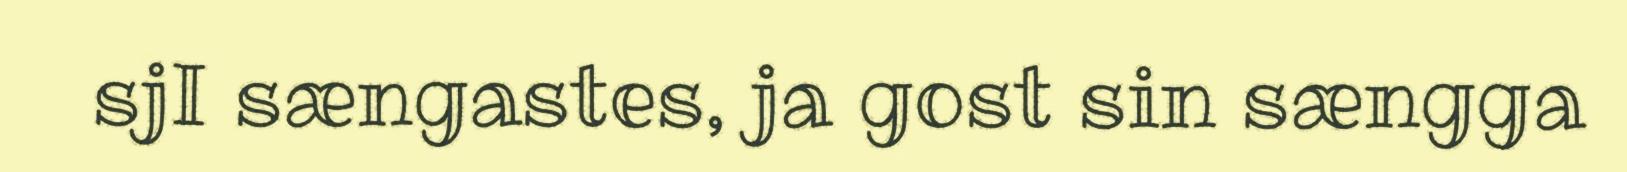
sjI sængastes, ja gost sin sængga